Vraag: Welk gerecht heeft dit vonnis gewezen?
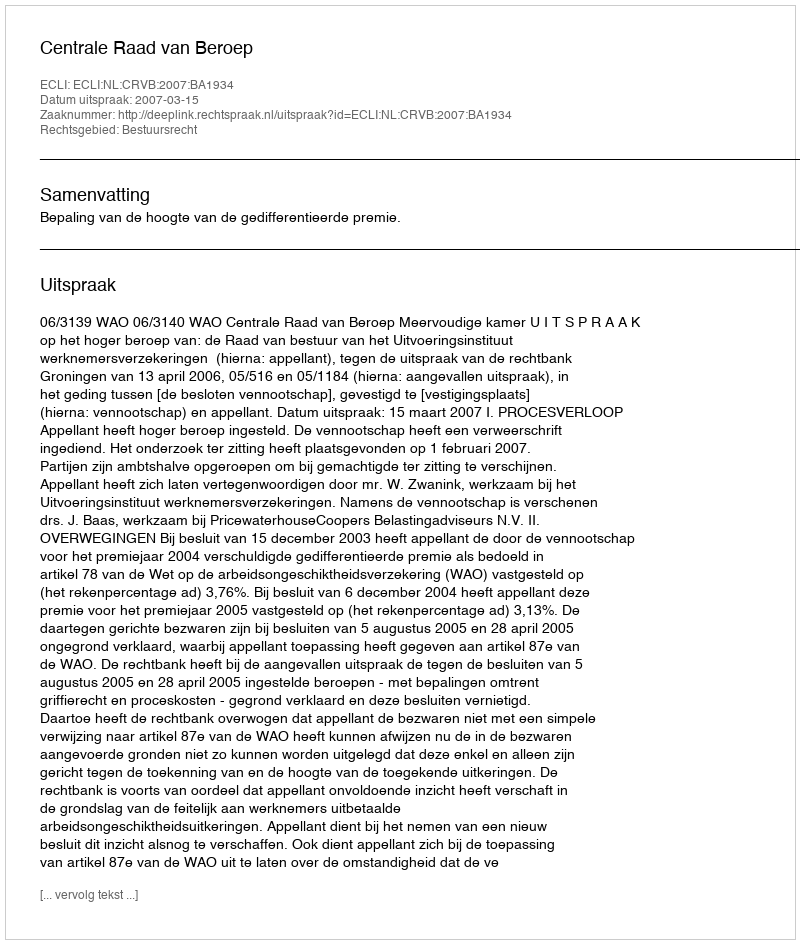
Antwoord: Centrale Raad van Beroep